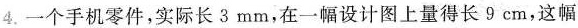
4.一个手机零件，实际长3mm，在一幅设计图上量得长9cm，这幅